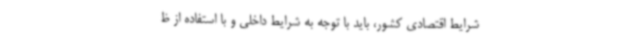
شرایط اقتصادی کشور، باید با توجه به شرایط داخلی و با استفاده از ظ